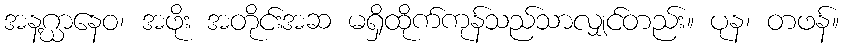
အနဂ္ဃာနေဝ၊ အဖိုး အတိုင်းအဆ မရှိထိုက်ကုန်သည်သာလျှင်တည်း။ ပုန၊ တဖန်။